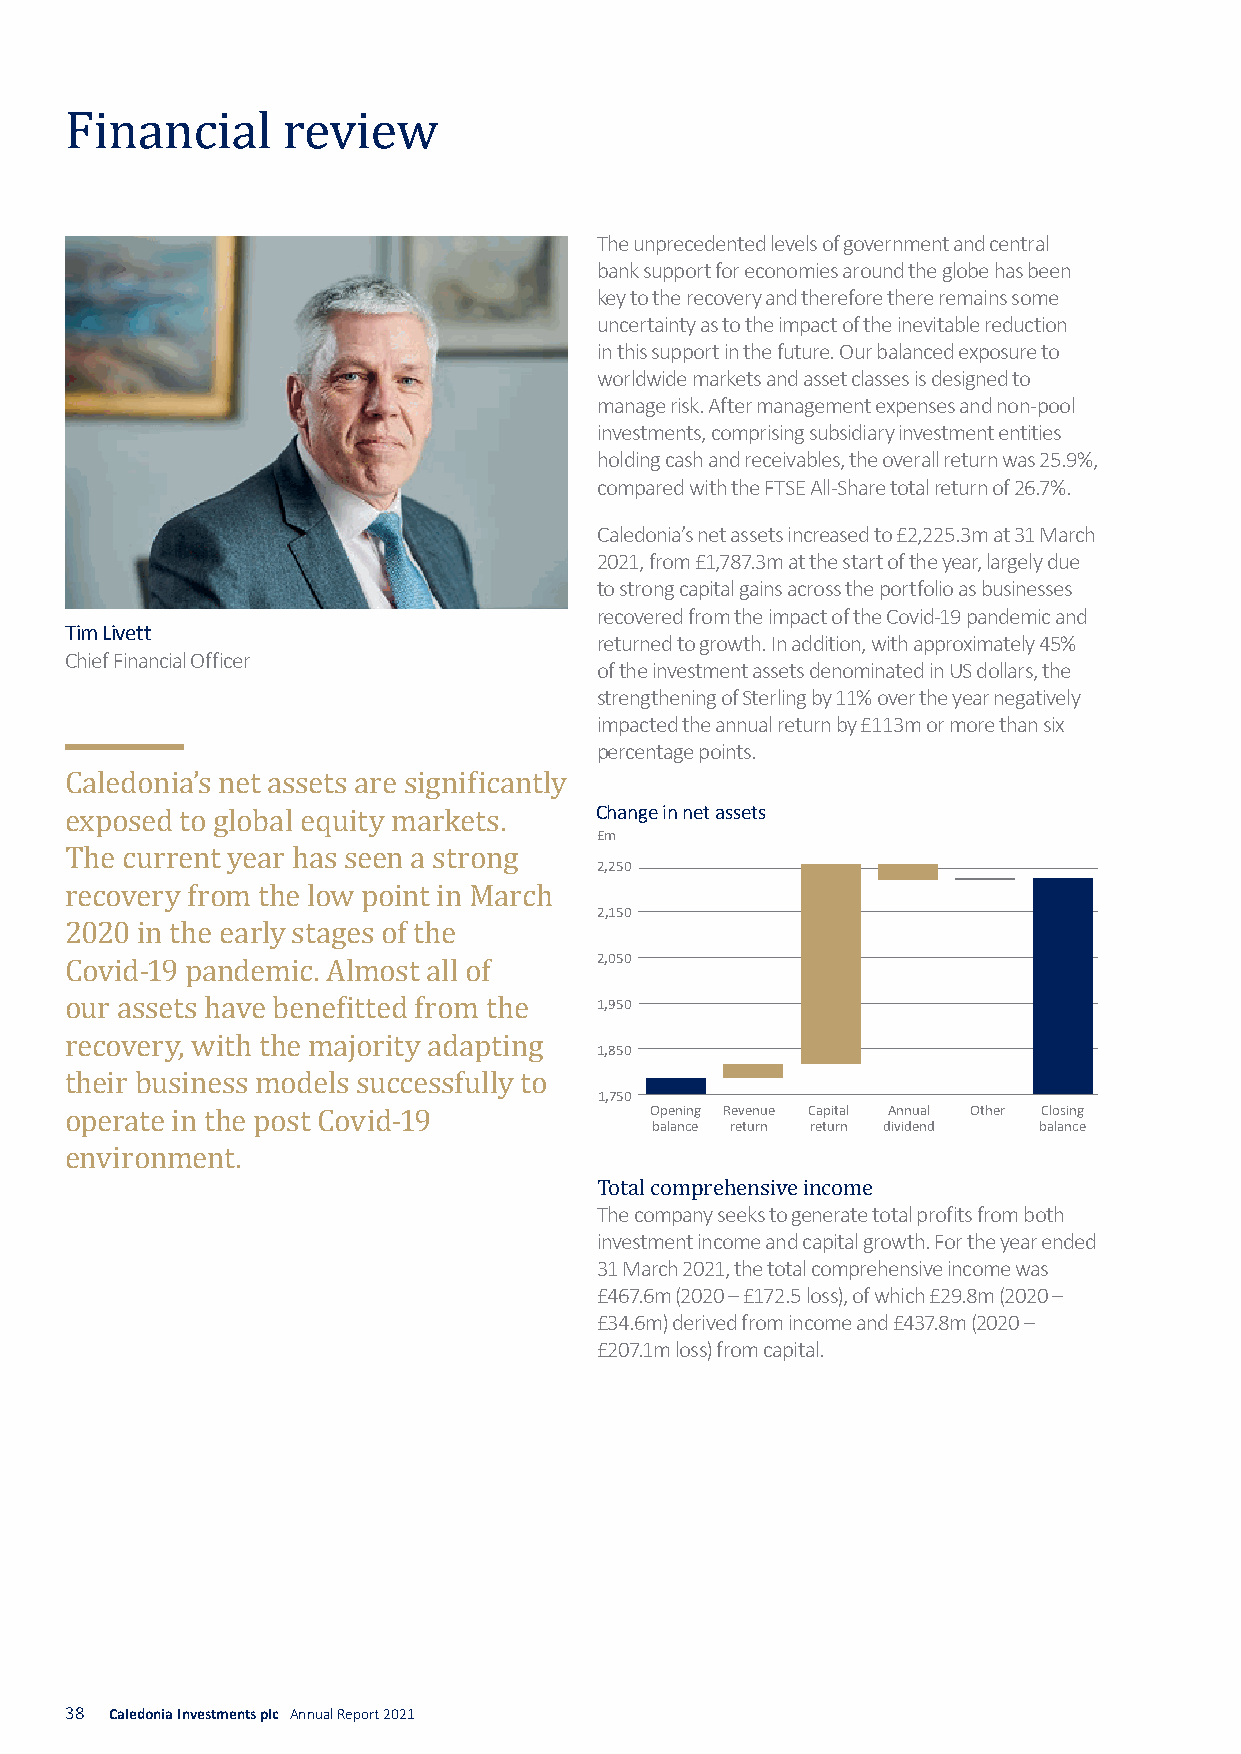
Financial      review              The unprecedented levels of government and central
 bank support for economies around the globe has been
 key to the recovery and therefore there remains some
 uncertainty as to the impact of the inevitable reduction
 in this support in the future.Our balanced exposure to
 worldwide markets and asset classes is designed to
 manage risk. After managem ent expenses and non-pool
 investments, comprising subsidiary investment entities
 holding cash and receivables, the overall return was 25.9%,
 compared with the FTSE All-Share total return of 26.7%.
 Caledonia’s net assets increased to £2,225.3m at 31 March
 2021, from £1,787.3m at the start of the year, largely du e
 to strong capital gains across the portfolio as businesses
 recovered from the impact of the Covid-19 pandemic and
 Tim Livett
 returned to growth. In addition, with approximately 45%
 Chief Financial Officer
 of the investment assets denominated in US dollars, the
 strengthening of Sterling by 11% over the year negatively
 impacted the annual return by £113m or more than six
 percentage points.
 Change in net assets
 £m
 Caledonia’s net assets are significantly
 2,250
 exposed to global equity markets.
 2,150
 The current year has seen a strong
 recovery from the low point in March 2,050
 2020 in the early stages of the
 1,950
 Covid-19 pandemic. Almost all of
 1,850
 our assets have benefitted from the
 1,750
 recovery, with the majority adapting   Opening Revenue Capital Annual Other Closing
 balance return return dividend balance
 their business models successfully to
 operate in the post Covid-19
 The company seeks to generate total profits from both
 environment.
 Tinovteaslt mcoemntp inrceohmenes ainvde cinapcoitmal egrowth. For the year ended
 31 March 2021, the total comprehensive income was
 £467.6m (2020 – £172.5 loss), of which £29.8m (2020 –
 £34.6m) derived from income and £437.8m (2020 –
 £207.1m loss) from capital.
 38 Caledonia Investments plc Annual Report 2021